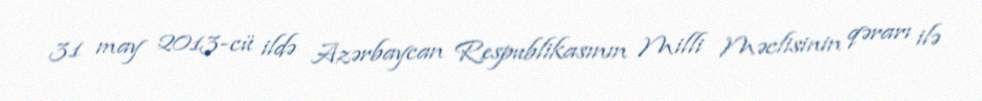
31 may 2013-cü ildə Azərbaycan Respublikasının Milli Məclisinin qərarı ilə